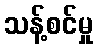
သန့်စင်မှု